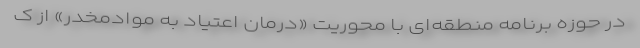
در حوزه برنامه منطقه‌ای با محوریت «درمان اعتیاد به موادمخدر» از ک